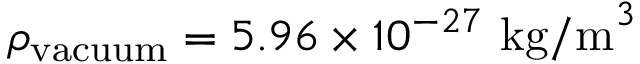
\rho _ { \mathrm { v a c u u m } } = 5 . 9 6 \times 1 0 ^ { - 2 7 } { \mathrm { ~ k g / m } } ^ { 3 }